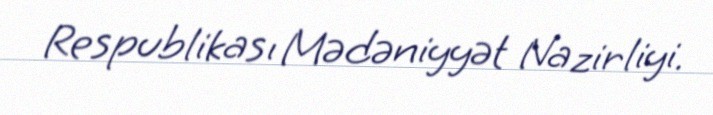
Respublikası Mədəniyyət Nazirliyi.